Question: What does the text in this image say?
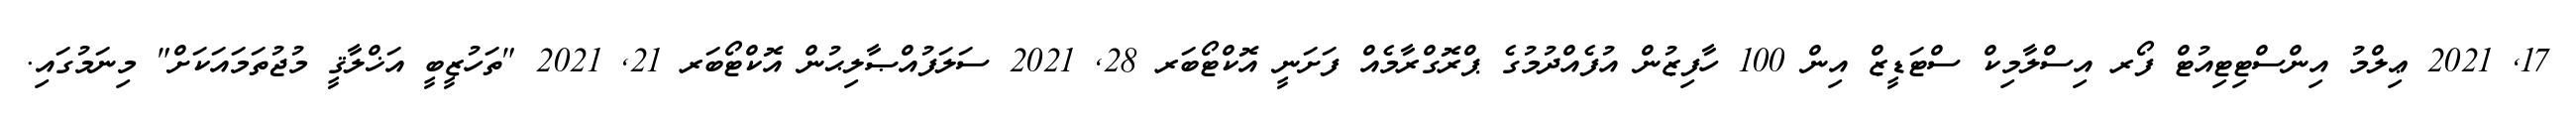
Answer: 17, 2021 ޢިލްމު އިންސްޓިޓިއުޓް ފޯރ އިސްލާމިކް ސްޓަޑީޒް އިން 100 ހާފިޒުން އުފެއްދުމުގެ ޕްރޮގްރާމެއް ފަށަނީ އޮކްޓޯބަރ 28, 2021 ސަލަފުއްޞާލިޙުން އޮކްޓޯބަރ 21, 2021 "ތަހުޒީބީ އަޚްލާޤީ މުޖުތަމައަކަށް" މިނަމުގައި.